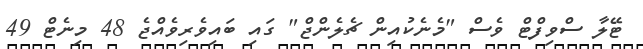
ޓޭލާ ސްވިފްޓް ވެސް "މެނެކުއިން ޗެލެންޖް" ގައި ބައިވެރިވެއްޖެ 48 މިނެޓް 49